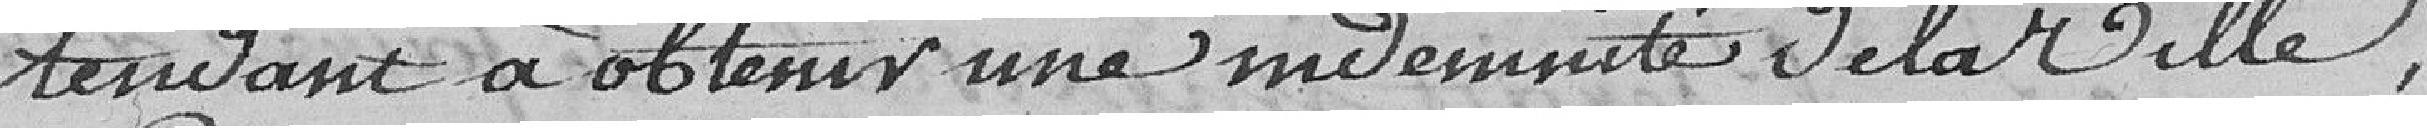
tendant à obtenir une indemnité de la ville